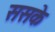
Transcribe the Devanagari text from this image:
ससके